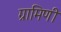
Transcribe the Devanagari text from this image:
ग्रामिणी